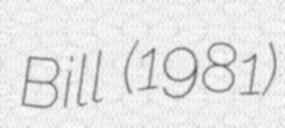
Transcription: Bill (1981)